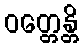
ဝတ္တေန္တိ